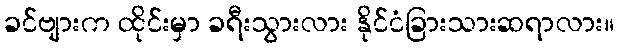
ခင်ဗျားက ထိုင်းမှာ ခရီးသွားလား နိုင်ငံခြားသားဆရာလား။